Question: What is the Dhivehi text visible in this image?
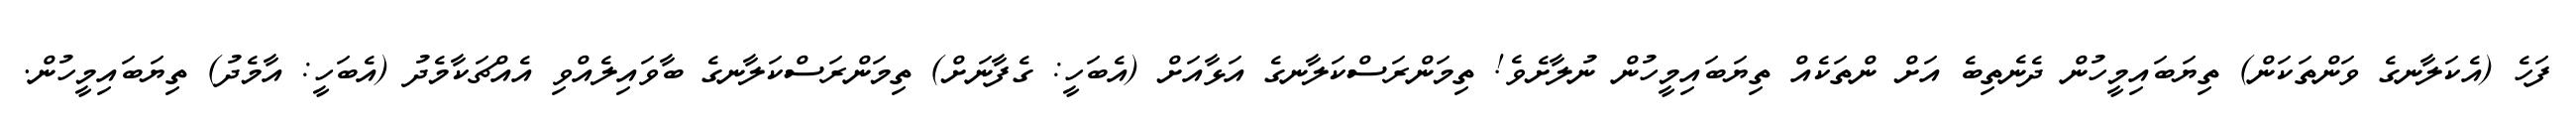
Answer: ފަހެ (އެކަލާނގެ ވަންތަކަން) ތިޔަބައިމީހުން ދެނެތިބެ އަށް ންތަކެއް ތިޔަބައިމީހުން ނުލާށެވެ! ތިމަންރަސްކަލާނގެ އަޅާއަށް (އެބަހީ: ގެފާނަށް) ތިމަންރަސްކަލާނގެ ބާވައިލެއްވި އެއްޗަކާމެދު (އެބަހީ: އާމެދު) ތިޔަބައިމީހުން.